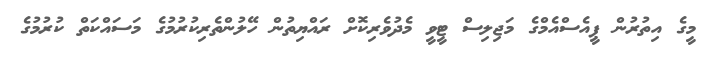
މީގެ އިތުރުން ޕީއެސްއެމްގެ މަޖިލިސް ޓީވީ މެދުވެރިކޮށް ރައްޔިތުން ހޭލުންތެރިކުރުމުގެ މަސައްކަތް ކުރުމުގެ